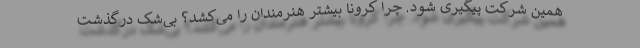
همین شرکت پیگیری شود. چرا کرونا بیشتر هنرمندان را می‌کشد؟ بی‌شک درگذشت